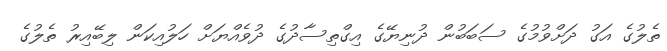
ތެލުގެ އަގު ދަށްވުމުގެ ސަބަބުން ދުނިޔޭގެ އިގްތިސާދުގެ ދުވެއްޔަށް ހަލުއިކަން ލިބޭއިރު ތެލުގެ